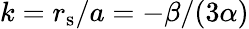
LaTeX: k=r_{\mathrm{s}}/a=-\beta/(3\alpha)